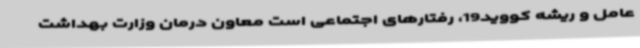
عامل و ریشه کووید19، رفتارهای اجتماعی است معاون درمان وزارت بهداشت